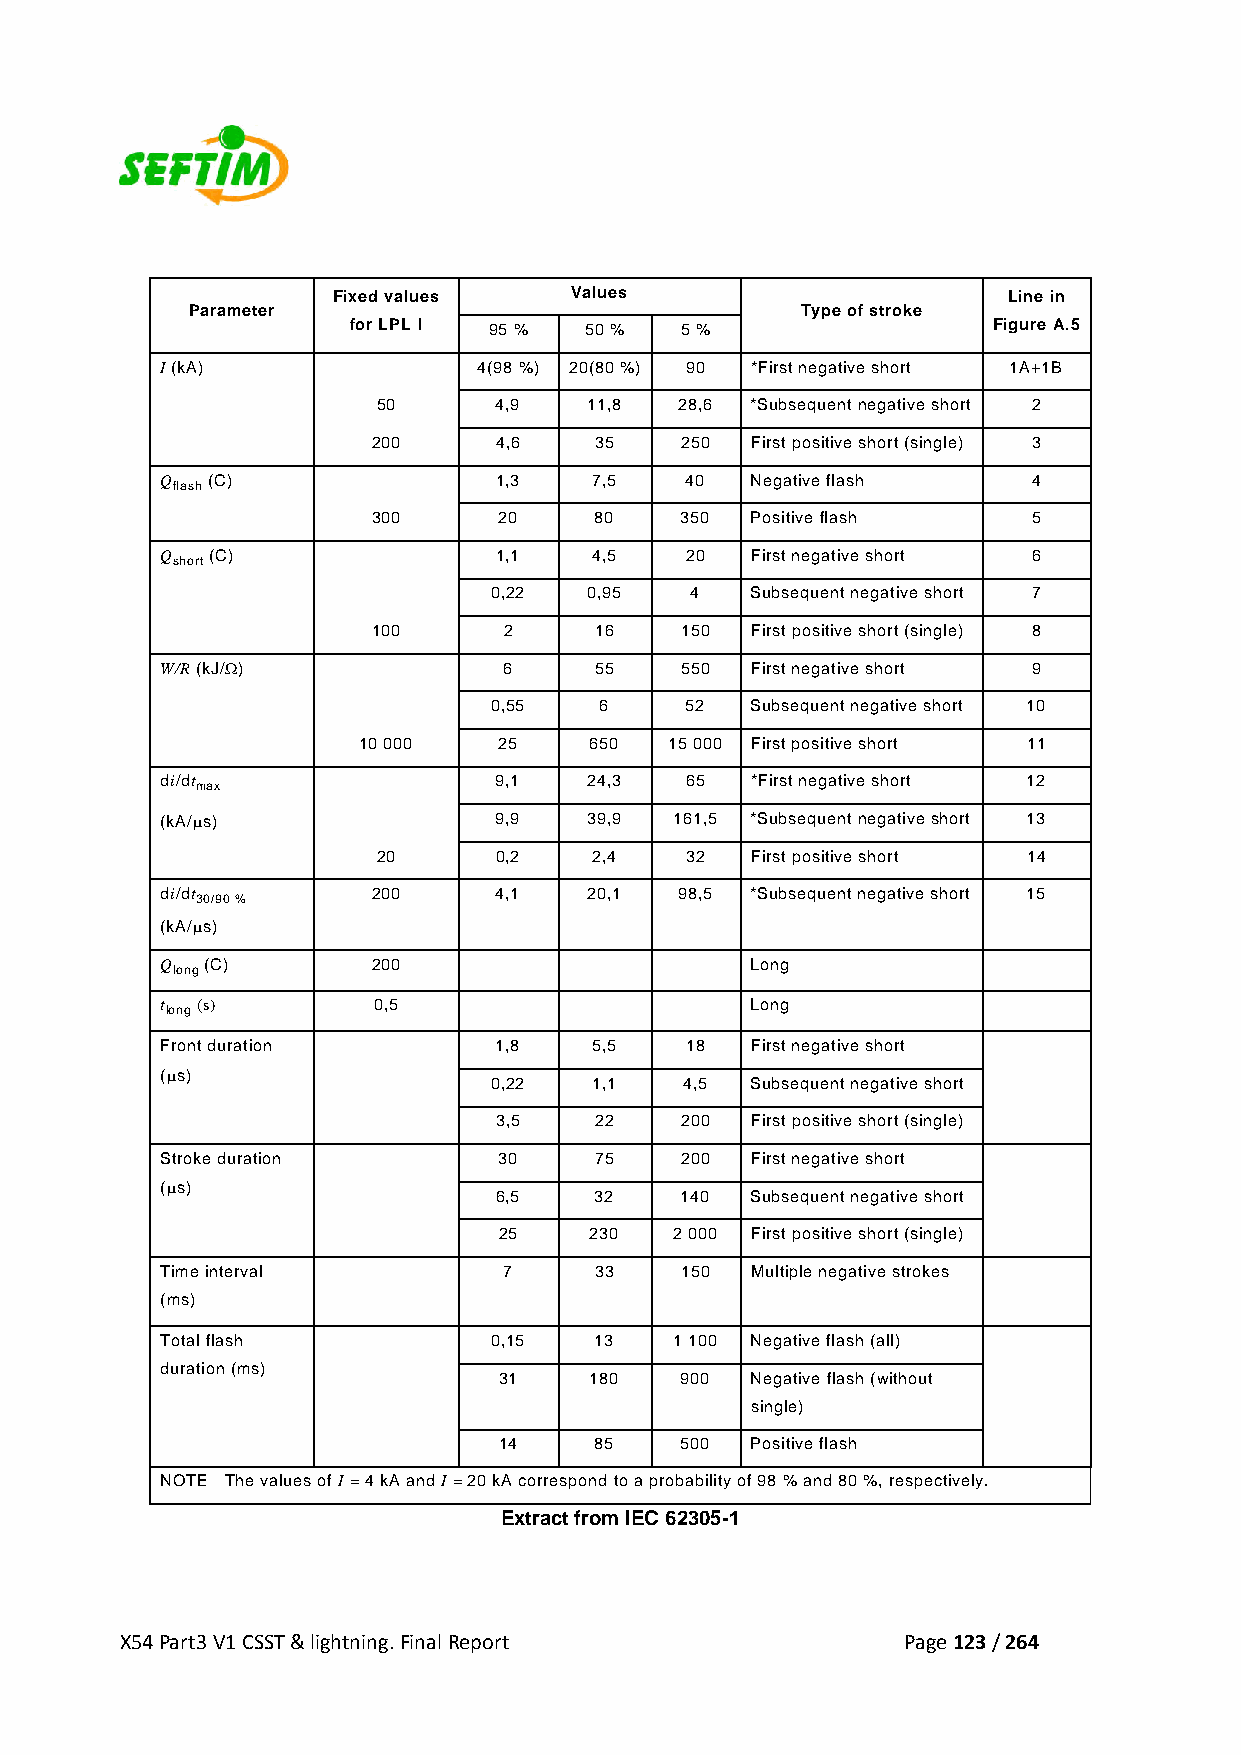
Fixed values    Values                       Line in
 Parameter                                Type of stroke
 for LPL I 95 %  50 %  5 %                  Figure A.5
 I (kA)               4(98 %) 20(80 %) 90 *First negative short 1A+1B
 50      4,9   11,8  28,6 *Subsequent negative short 2
 200     4,6   35    250  First positive short (single) 3
 Q  (C)                1,3   7,5   40   Negative flash    4
 flash
 300     20    80    350  Positive flash    5
 Q  (C)                1,1   4,5   20   First negative short 6
 short
 0,22   0,95   4   Subsequent negative short 7
 100     2     16    150  First positive short (single) 8
 W/R (kJ/Ω)            6     55    550  First negative short 9
 0,55    6    52   Subsequent negative short 10
 10 000   25    650  15 000 First positive short 11
 di/dt                 9,1   24,3  65   *First negative short 12
 max
 (kA/μs)               9,9   39,9  161,5 *Subsequent negative short 13
 20      0,2   2,4   32   First positive short 14
 di/dt         200     4,1   20,1  98,5 *Subsequent negative short 15
 30/90 %
 (kA/μs)
 Q  (C)        200                      Long
 long
 t (s)         0,5                      Long
 long
 Front duration        1,8   5,5   18   First negative short
 (μs)
 0,22   1,1   4,5  Subsequent negative short
 3,5   22    200  First positive short (single)
 Stroke duration       30    75    200  First negative short
 (μs)
 6,5   32    140  Subsequent negative short
 25    230   2 000 First positive short (single)
 Time interval         7     33    150  Multiple negative strokes
 (ms)
 Total flash          0,15   13    1 100 Negative flash (all)
 duration (ms)
 31    180   900  Negative flash (without
 single)
 14    85    500  Positive flash
 NOTE The values of I = 4 kA and I = 20 kA correspond to a probability of 98 % and 80 %, respectively.
 Extract from IEC 62305-1
 X54 Part3 V1 CSST & lightning. Final Report         Page 123 / 264